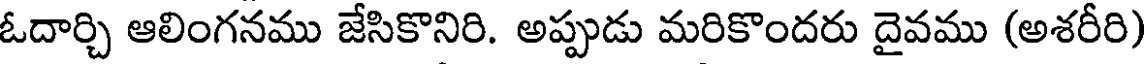
ఓదార్చి ఆలింగనము జేసికొనిరి. అప్పుడు మరికొందరు దైవము (అశరీరి)